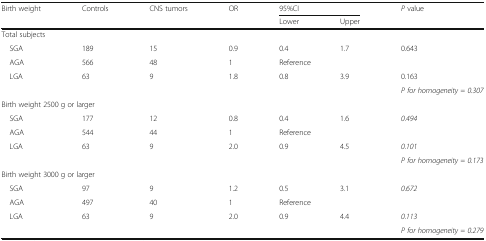
<table><thead><tr><td rowspan="2"><b>Birth weight</b></td><td rowspan="2"><b>Controls</b></td><td rowspan="2"><b>CNS tumors</b></td><td rowspan="2"><b>OR</b></td><td colspan="2"><b>95%CI</b></td><td rowspan="2"><b><i>P</i> value</b></td></tr><tr><td><b>Lower</b></td><td><b>Upper</b></td></tr></thead><tbody><tr><td colspan="7">Total subjects</td></tr><tr><td> SGA</td><td>189</td><td>15</td><td>0.9</td><td>0.4</td><td>1.7</td><td>0.643</td></tr><tr><td> AGA</td><td>566</td><td>48</td><td>1</td><td colspan="2">Reference</td><td>[EMPTY_CELL]</td></tr><tr><td> LGA</td><td>63</td><td>9</td><td>1.8</td><td>0.8</td><td>3.9</td><td>0.163</td></tr><tr><td>[EMPTY_CELL]</td><td>[EMPTY_CELL]</td><td>[EMPTY_CELL]</td><td>[EMPTY_CELL]</td><td>[EMPTY_CELL]</td><td>[EMPTY_CELL]</td><td><i>P for homogeneity = 0.307</i></td></tr><tr><td colspan="7">Birth weight 2500 g or larger</td></tr><tr><td> SGA</td><td>177</td><td>12</td><td>0.8</td><td>0.4</td><td>1.6</td><td><i>0.494</i></td></tr><tr><td> AGA</td><td>544</td><td>44</td><td>1</td><td colspan="2">Reference</td><td>[EMPTY_CELL]</td></tr><tr><td> LGA</td><td>63</td><td>9</td><td>2.0</td><td>0.9</td><td>4.5</td><td><i>0.101</i></td></tr><tr><td>[EMPTY_CELL]</td><td>[EMPTY_CELL]</td><td>[EMPTY_CELL]</td><td>[EMPTY_CELL]</td><td>[EMPTY_CELL]</td><td>[EMPTY_CELL]</td><td><i>P for homogeneity = 0.173</i></td></tr><tr><td colspan="7">Birth weight 3000 g or larger</td></tr><tr><td> SGA</td><td>97</td><td>9</td><td>1.2</td><td>0.5</td><td>3.1</td><td><i>0.672</i></td></tr><tr><td> AGA</td><td>497</td><td>40</td><td>1</td><td colspan="2">Reference</td><td>[EMPTY_CELL]</td></tr><tr><td> LGA</td><td>63</td><td>9</td><td>2.0</td><td>0.9</td><td>4.4</td><td><i>0.113</i></td></tr><tr><td>[EMPTY_CELL]</td><td>[EMPTY_CELL]</td><td>[EMPTY_CELL]</td><td>[EMPTY_CELL]</td><td>[EMPTY_CELL]</td><td>[EMPTY_CELL]</td><td><i>P for homogeneity = 0.279</i></td></tr></tbody></table>